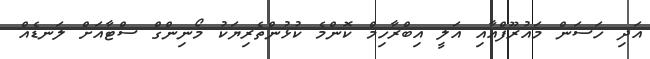
އަދި ހަސަން މައުރޫފްއާއި އަލީ އިބްރާހިމް ކޮންމެ ކުޅުންތެރިޔަކު މޯނިންގް ސްޓާއަށް ލަނޑެއް